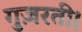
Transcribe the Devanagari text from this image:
गुज़रती।